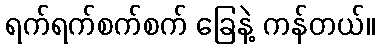
ရက်ရက်စက်စက် ခြေနဲ့ ကန်တယ်။